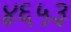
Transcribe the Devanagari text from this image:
४६५३